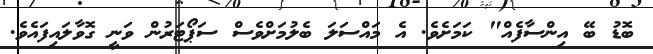
ބޮޑު ބޭ އިންސާފެއް" ކަމަށެވެ. އެ މައްސަލަ ބެލުމަށްވެސް ސަޕޯޓަރުން ވަނީ ގޮވާލައިފައެވެ.